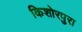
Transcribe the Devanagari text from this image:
किशोरपुरा